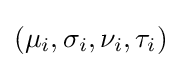
(\mu _{i},\sigma _{i},\nu _{i},\tau _{i})